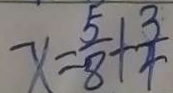
x = \frac { 5 } { 8 } + \frac { 3 } { 4 }